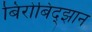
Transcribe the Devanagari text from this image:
बिरोबिद्झान